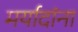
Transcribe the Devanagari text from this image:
मर्यादांना